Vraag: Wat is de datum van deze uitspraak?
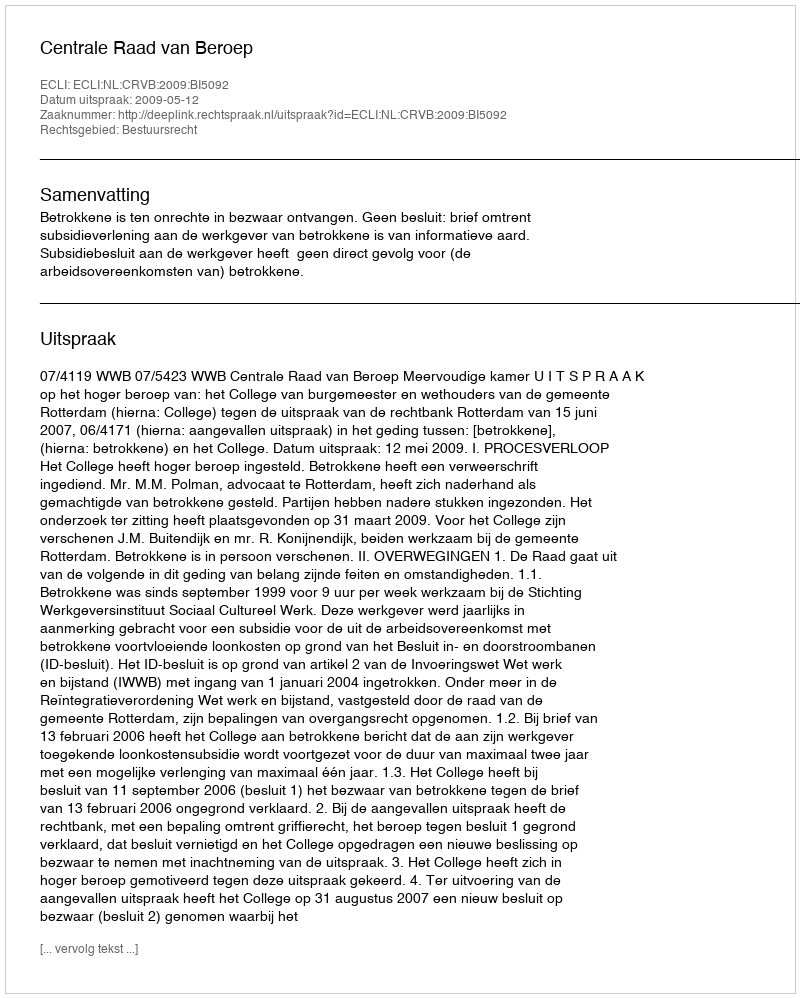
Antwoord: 2009-05-12